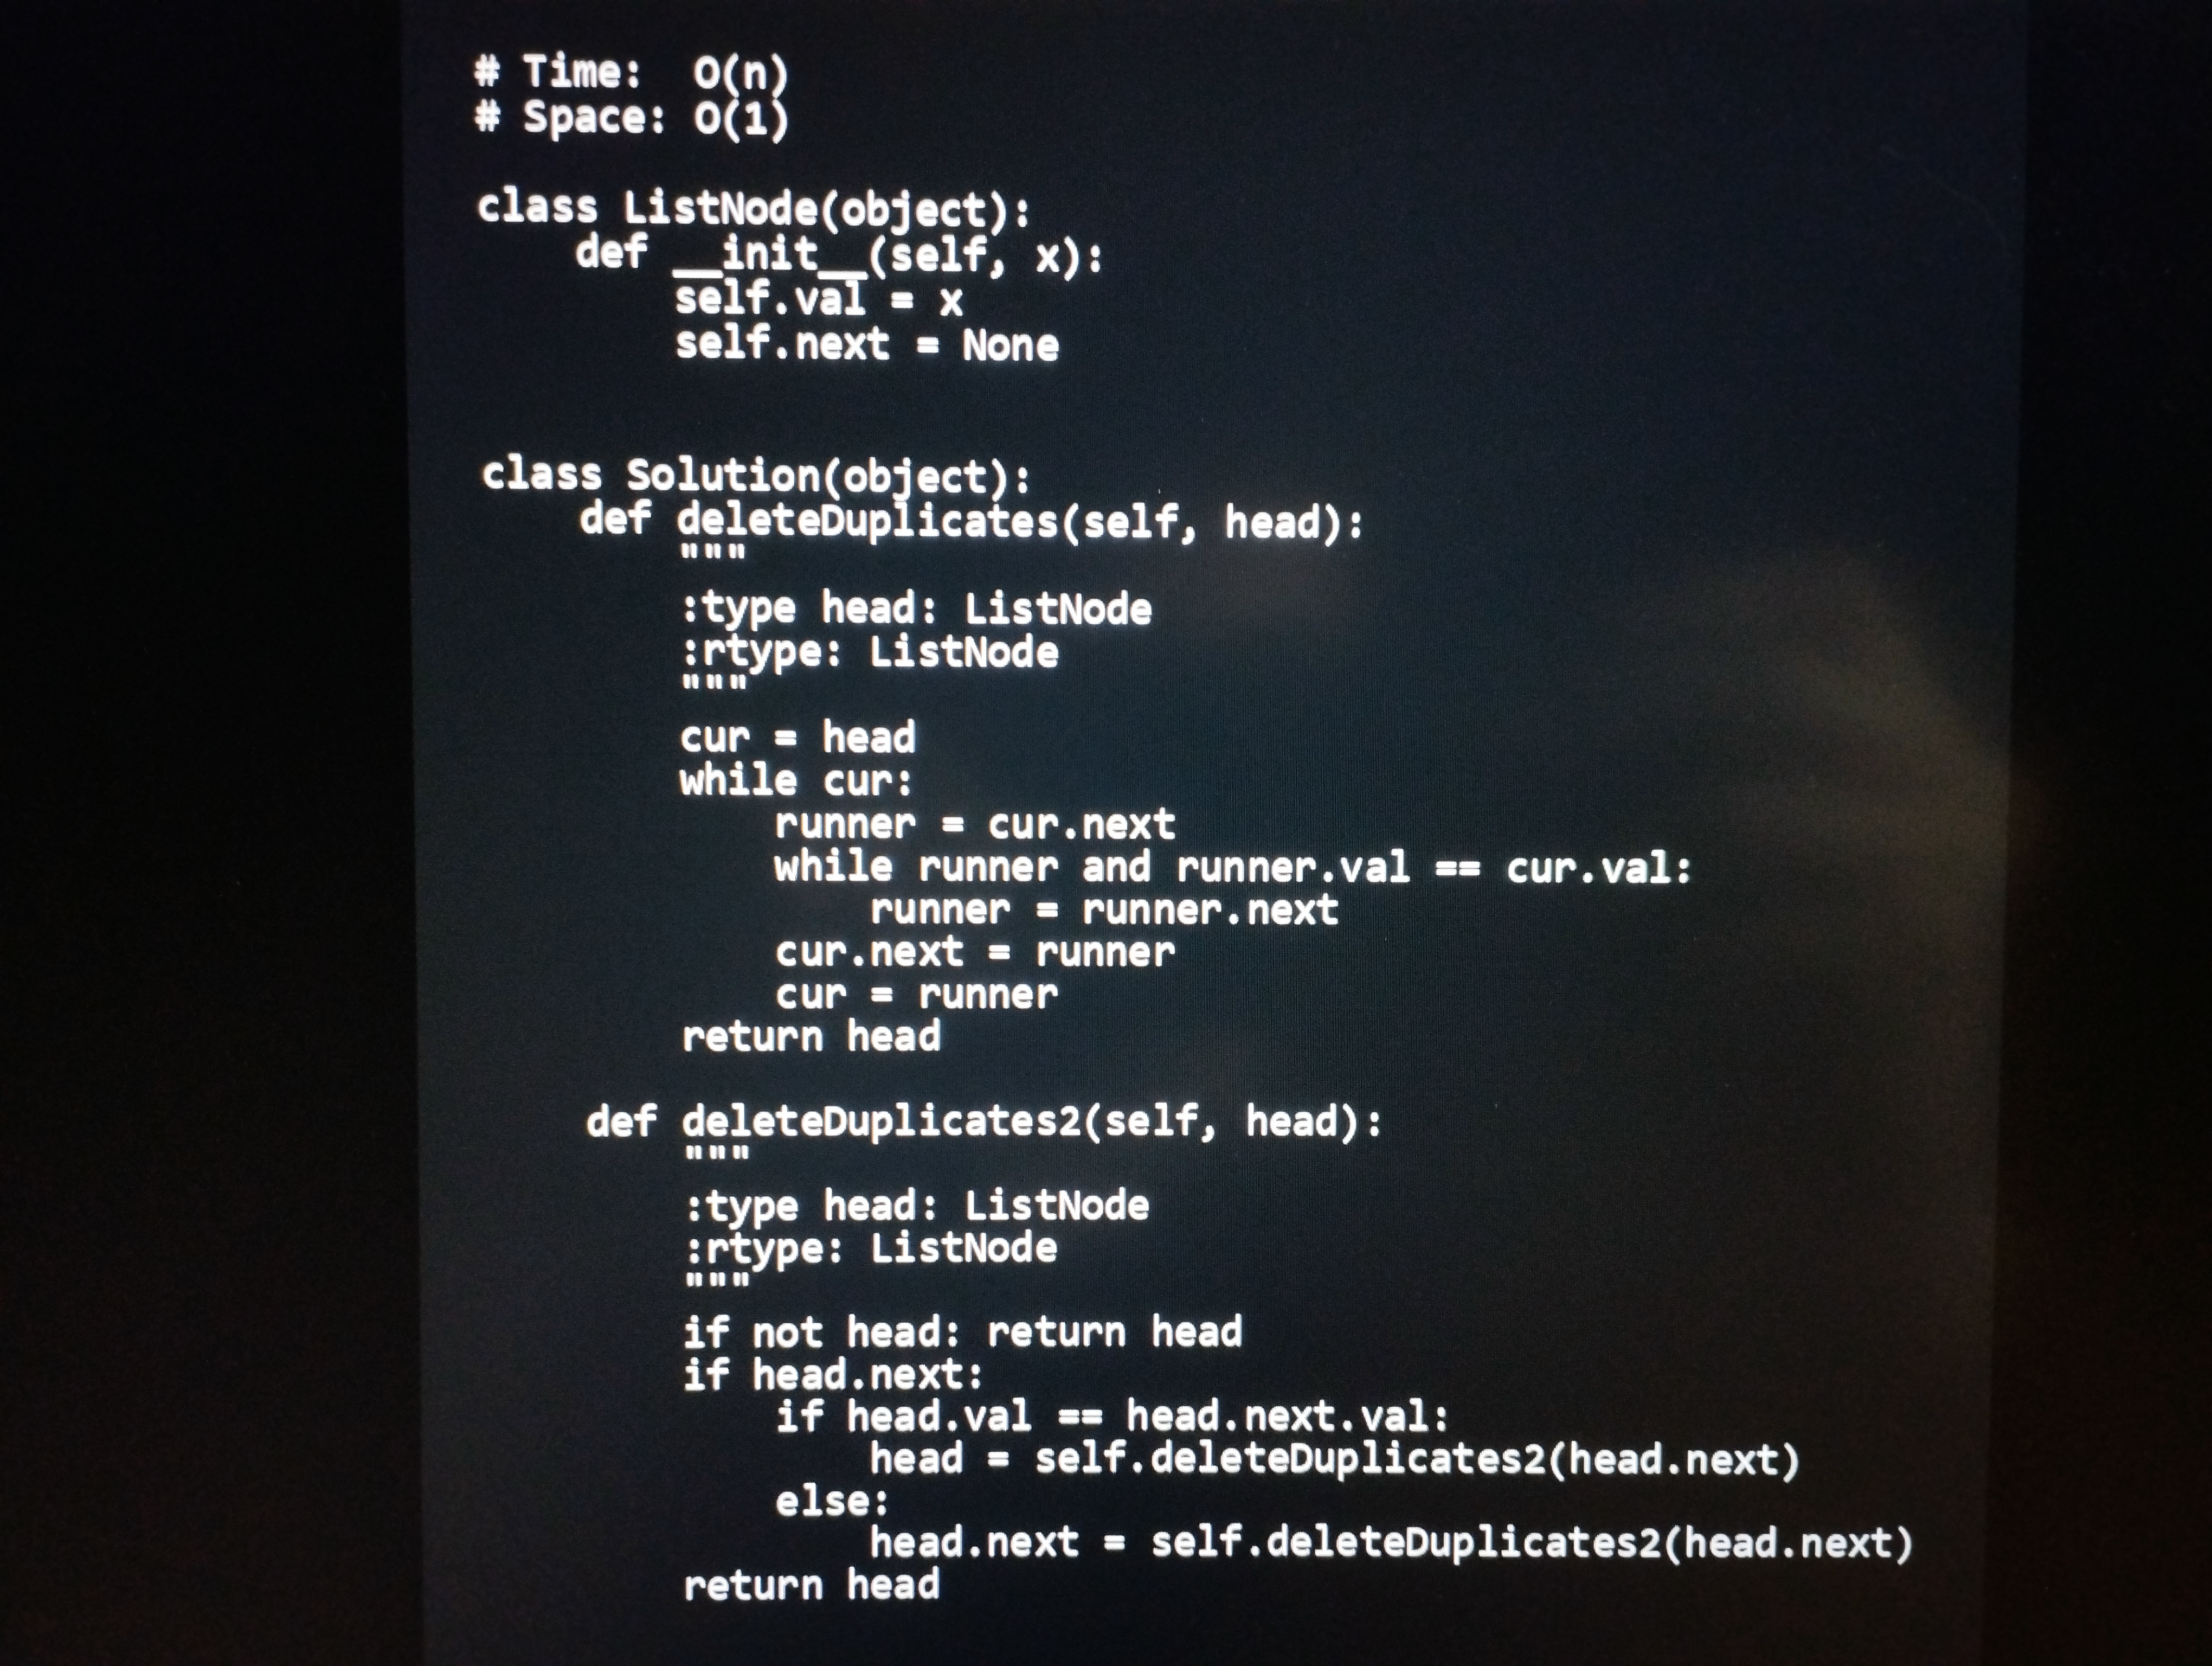
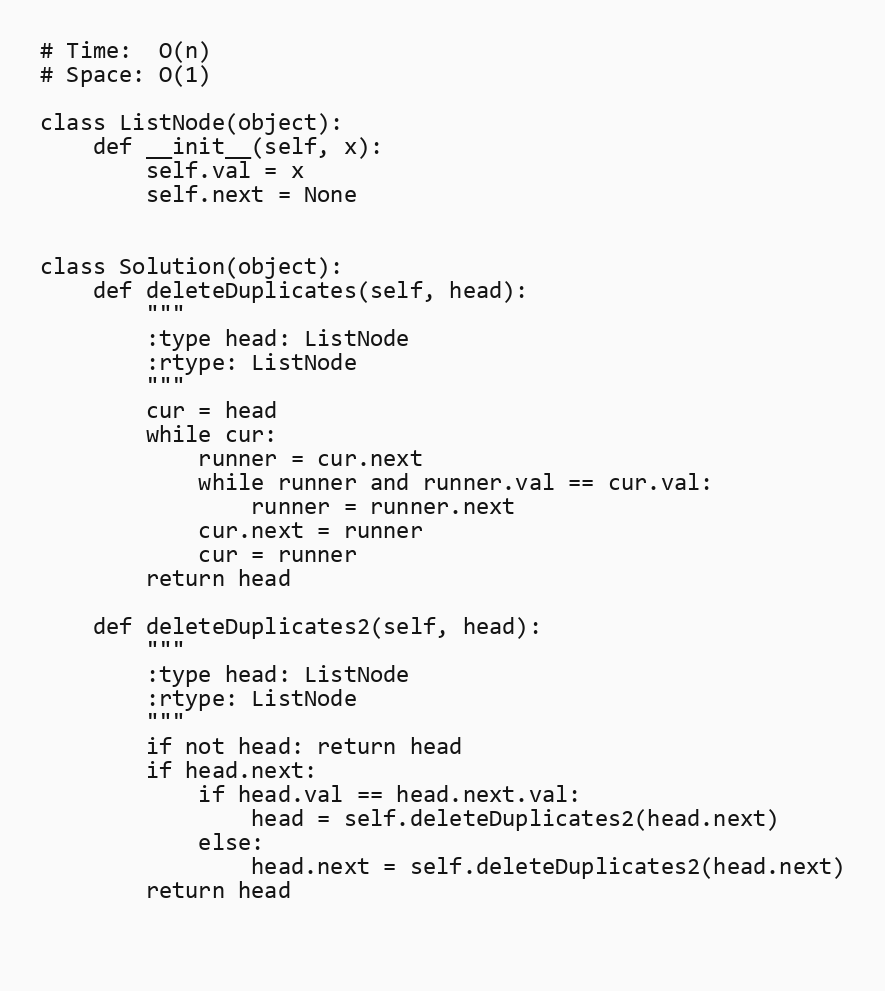
# Time:  O(n)
# Space: O(1)

class ListNode(object):
    def __init__(self, x):
        self.val = x
        self.next = None

class Solution(object):
    def deleteDuplicates(self, head):
        """
        :type head: ListNode
        :rtype: ListNode
        """
        cur = head
        while cur:
            runner = cur.next
            while runner and runner.val == cur.val:
                runner = runner.next
            cur.next = runner
            cur = runner
        return head

    def deleteDuplicates2(self, head):
        """
        :type head: ListNode
        :rtype: ListNode
        """
        if not head: return head
        if head.next:
            if head.val == head.next.val:
                head = self.deleteDuplicates2(head.next)
            else:
                head.next = self.deleteDuplicates2(head.next)
        return head